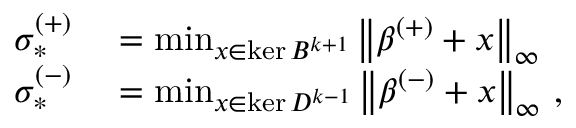
\begin{array} { r l } { \sigma _ { * } ^ { ( + ) } } & { { } = \operatorname* { m i n } _ { x \in \ker B ^ { k + 1 } } \left\lVert \beta ^ { ( + ) } + x \right\rVert _ { \infty } } \\ { \sigma _ { * } ^ { ( - ) } } & { { } = \operatorname* { m i n } _ { x \in \ker D ^ { k - 1 } } \left\lVert \beta ^ { ( - ) } + x \right\rVert _ { \infty } \, , } \end{array}